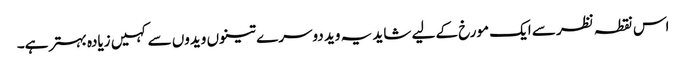
اس نقطہ نظر سے ایک مورخ کے لیے شاید یہ وید دوسرے تینوں ویدوں سے کہیں زیادہ بہتر ہے۔